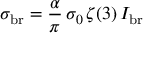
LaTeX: \sigma _ { \mathrm { b r } } = { \frac { \alpha } { \pi } } \, \sigma _ { 0 } \, \zeta ( 3 ) \, I _ { \mathrm { b r } }